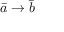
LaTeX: { \bar { a } } \rightarrow { \bar { b } }